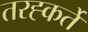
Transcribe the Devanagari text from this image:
तरह्कर्ते